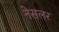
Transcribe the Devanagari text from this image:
नेसलर